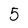
Character: 5